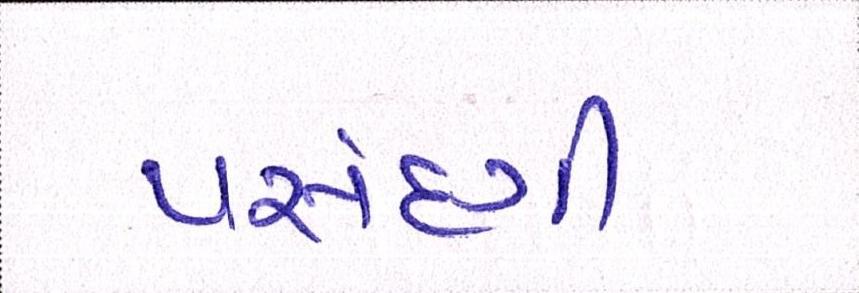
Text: પસંદગી